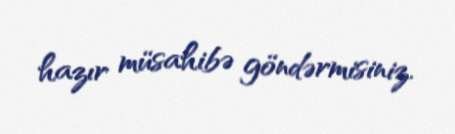
hazır müsahibə göndərmisiniz.